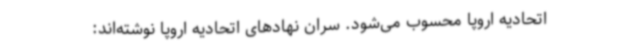
اتحادیه اروپا محسوب می‌شود. سران نهادهای اتحادیه اروپا نوشته‌اند: